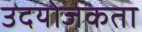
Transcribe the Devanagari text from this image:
उदयोजकता